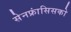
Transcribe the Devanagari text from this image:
सेनफ्रांसिसको